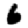
Digit: 6